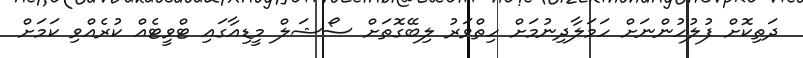
ދަތިކޮށް ފުލުހުންނަށް ހަމަލާދިނުމަށް ހިތްވަރު ލިބޭގޮތަށް ސޯޝަލް މީޑިއާގައި ޓްވީޓެއް ކުރެއްވި ކަމަށް